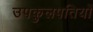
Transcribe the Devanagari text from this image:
उपकुलपतियों